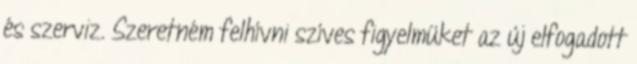
és szerviz. Szeretném felhívni szíves figyelmüket az új elfogadott